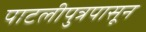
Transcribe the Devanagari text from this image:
पाटलीपुत्रपासून